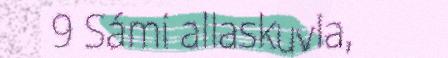
9 Sámi allaskuvla,